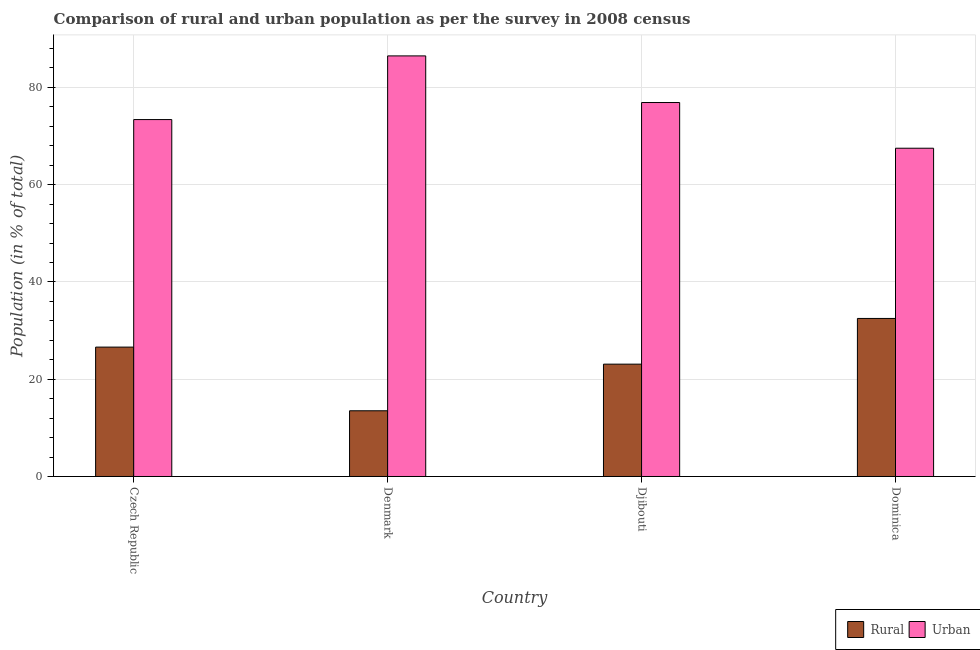
| Country | Rural | Urban |
 | --- | --- | --- |
 | Czech Republic | 26.6 | 73.4 |
 | Denmark | 13.5 | 86.5 |
 | Djibouti | 23.1 | 76.9 |
 | Dominica | 32.5 | 67.5 |